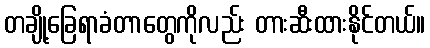
တချို့ခြေရာခံတာတွေကိုလည်း တားဆီးထားနိုင်တယ်။